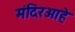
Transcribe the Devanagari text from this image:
मंदिरआहे